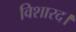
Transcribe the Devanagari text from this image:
विशारद।